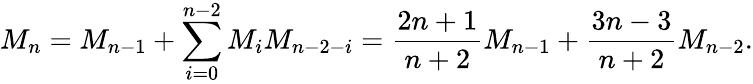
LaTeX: M_{n}=M_{n-1}+\sum_{i=0}^{n-2}M_{i}M_{n-2-i}={\frac{2n+1}{n+2}}M_{n-1}+{\frac{3n-3}{n+2}}M_{n-2}.